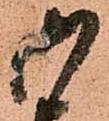
御